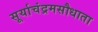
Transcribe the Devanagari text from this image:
सूर्याचंद्रमसौधाता